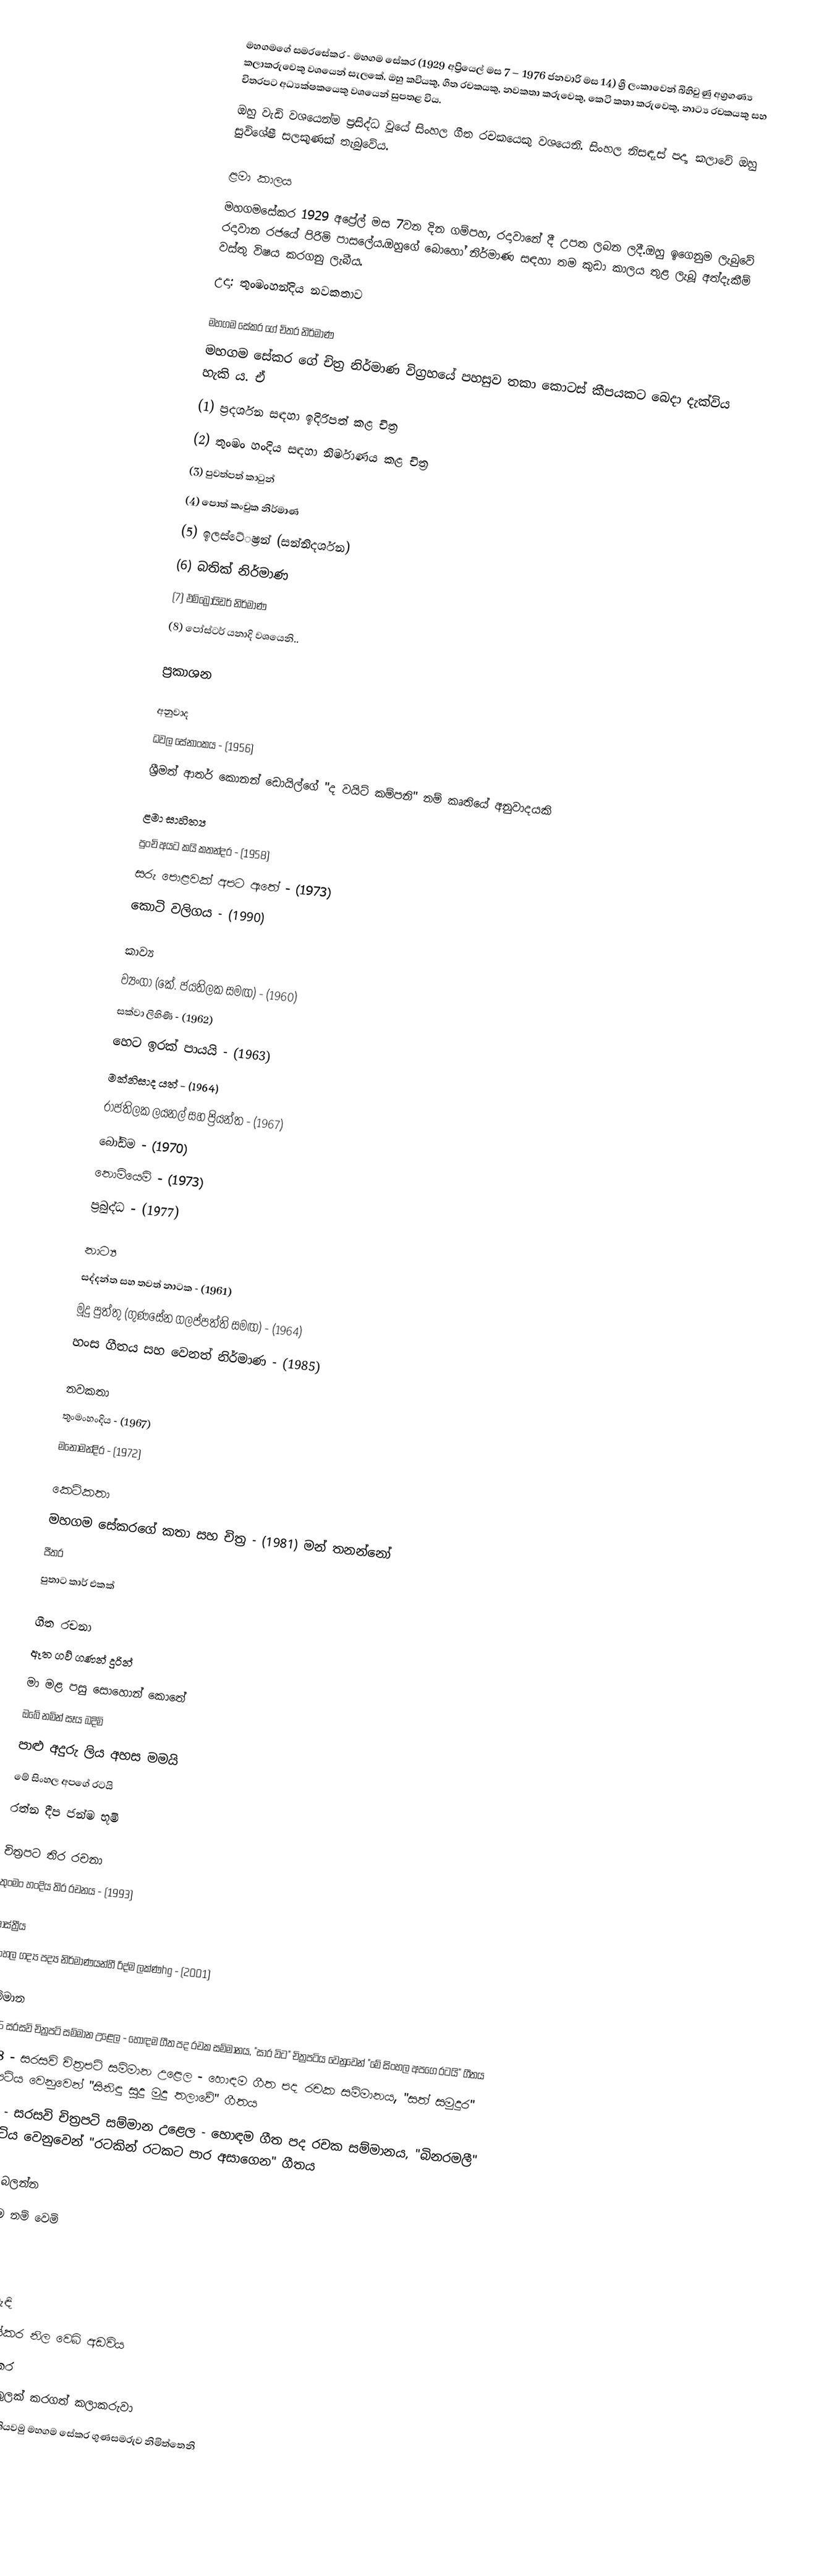
මහගමගේ  සමරසේකර - මහගම සේකර (1929 අප්‍රියෙල් මස 7 – 1976 ජනවාරි මස 14) ශ්‍රී ලංකාවෙන් බිහිවුණු අග්‍රගණ්‍ය කලාකරුවෙකු වශයෙන් සැලකේ. ඔහු කවියකු, ගීත රචකයකු, නවකතා කරුවෙකු, කෙටි කතා කරුවෙකු, නාට්‍ය රචකයකු සහ චිත‍්‍රපට අධ්‍යක්ෂකයෙකු වශයෙන් සුපතළ විය.
ඔහු වැඩි වශයෙන්ම ප්‍රසිද්ධ වූයේ සිංහල ගීත රචකයෙකු වශයෙනි. සිංහල නිසඳැස් පද්‍ය කලාවේ ඔහු සුවිශේෂී සලකුණක් තැබුවේය.

ළමා කාලය
මහගමසේකර 1929 අප්‍රේල් මස 7වන දින ගම්පහ, රදාවානේ දී උපත ලබන ලදී.ඔහු ඉගෙනුම ලැබුවේ රදාවාන රජයේ පිරිමි පාසලේය.ඔහුගේ බොහෝ නිර්මාණ සඳහා තම කුඩා කාලය තුළ ලැබූ අත්දැකීම් වස්තු විෂය කරගනු ලැබීය.
උදා: තුංමංහන්දිය නවකතාව

මහගම සේකර ගේ චිත‍්‍ර නිර්මාණ
මහගම සේකර ගේ චිත‍්‍ර නිර්මාණ විග‍්‍රහයේ පහසුව තකා කොටස් කීපයකට බෙදා දැක්විය හැකි ය. ඒ
(1) ප‍්‍රදර්ශන සඳහා ඉදිරිපත් කළ චිත‍්‍ර
(2) තුංමං හංදිය සඳහා නිර්මාණය කළ චිත‍්‍ර
(3) පුවත්පත් කාටුන්
(4) පොත් කංචුක නිර්මාණ
(5) ඉලස්ටේ‍්‍රෂන් (සන්නිදර්ශන)
(6) බතික් නිර්මාණ
(7) එම්බ්‍රොයිඩර් නිර්මාණ
(8) පෝස්ටර් යනාදි වශයෙනි..

ප්‍රකාශන

අනුවාද
 ධවල සේනාංකය - (1956)
ශ්‍රීමත් ආතර් කොනන් ‍ඩොයිල්ගේ "ද වයිට් ‍කම්පනි" නම් කෘතියේ අනුවාදයකි

ළමා සාහිත්‍ය
 පුංචි අයට කයි කතන්දර - (1958)
 සරු පොළවක් අපට ඇතේ - (1973)
 කොටි වලිගය - (1990)

කාව්‍ය
 ව්‍යංගා (‍කේ. ජයතිලක සමඟ) - (1960)
 සක්වා ලිහිණී - (1962)
 හෙට ඉරක් පායයි - (1963)
 මක්නිසාද යත් - (1964)
 රාජතිලක ලයනල් සහ ප්‍රියන්ත - (1967)
 බෝඩිම - (1970)
 නොමියෙමි - (1973)
 ප්‍රබුද්ධ - (1977)

නාට්‍ය
 සද්දන්ත සහ තවත් නාටක - (1961)
 මූදු පුත්තු (ගුණසේන ගලප්පත්ති සමඟ) - (1964)
 හංස ගීතය සහ වෙනත් නිර්මාණ - (1985)

නවකතා
 තුංමංහංදිය - (1967)
 මනෝමන්දිර - (1972)

කෙටිකතා
 මහගම සේකරගේ  කතා සහ චිත්‍ර - (1981) මන් තනන්නෝ
 පීතර
 පුතාට කාර් එකක්

ගීත රචනා
 ඈත ගව් ගණන් දුරින්
 මා මළ පසු සොහොන් කොතේ
 ඔබේ නමින් සෑය බදිමි
 පාළු අදුරු ලිය අහස මමයි
 මේ සිංහල අපගේ රටයි
 රත්න දීප ජන්ම භූමි

චිත්‍රපට තිර රචනා
 තුංමං හංදිය තිර රචනය - (1993)

ශාස්ත්‍රීය
 සිංහල ගද්‍ය පද්‍ය නිර්මාණයන්හී රිද්ම ලක්ණhg - (2001)

සම්මාන
1966 සරසවි චිත්‍රපටි සම්මාන උළෙල‍ - හොඳම ගීත පද රචක සම්මානය, "සාර විට" චිත්‍රපටිය වෙනුවෙන් "මේ සිංහල අපගෙ රටයි" ගීතය
1968 - සරසවි චිත්‍රපටි සම්මාන උළෙල‍ - හොඳම ගීත පද රචක සම්මානය, "සත් සමුදුර" චිත්‍රපටිය වෙනුවෙන් "සිනිඳු සුදු මුදු තලාවේ" ගීතය
1970 - සරසවි චිත්‍රපටි සම්මාන උළෙල‍ - හොඳම ගීත පද රචක සම්මානය, "බිනරමලී" චිත්‍රපටිය වෙනුවෙන් "රටකින් රටකට පාර අසාගෙන" ගීතය

මේවාද බලන්න
 සත්‍යකාම නම් වෙමි

මූලාශ්‍ර

බාහිර සබැඳි
මහගම සේකර නිල වෙබ් අඩවිය
මහගම සේකර
සම්ප්‍රදාය රුකුලක්‌ කරගත් කලාකරුවා
පතිරූපකවියකු කියවමු මහගම සේකර ගුණසමරුව නිමිත්තෙනි

චරිත